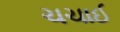
ચચાઈ